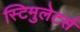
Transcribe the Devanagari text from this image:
स्टिमुलेटर्स